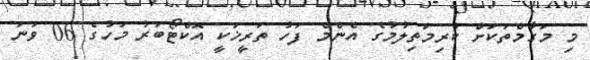
މި މަގާމްތަކަށް ކުރިމަތިލުމުގެ އެންމެ ފަހު ތަރީޚަކީ އޮކްޓޯބަރު މަހުގެ 06 ވަނަ